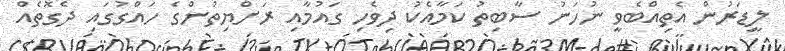
ލީޑަރުން އެތިއްބެވީ ނުހަނު ސާބިތު ކަމާއެކު ދިވެހި ގައުމާއި ރަށްޔިތުންގެ ހައްގުގައި ދެގޮތެއް